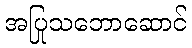
အပြုသဘောဆောင်